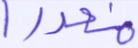
منصورا